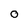
Character: 0